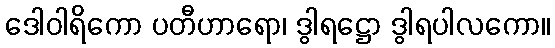
ဒေါဝါရိကော ပတီဟာရော၊ ဒွါရဋ္ဌော ဒွါရပါလကော။